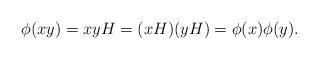
LaTeX: \begin{align*}\phi(xy) = xyH = (xH)(yH) = \phi(x)\phi(y).\end{align*}